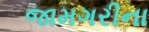
જામગરીના